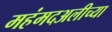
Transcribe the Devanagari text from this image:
महंमदअलीच्या